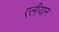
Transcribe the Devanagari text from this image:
एलीयान